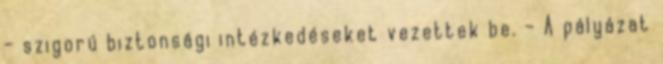
– szigorú biztonsági intézkedéseket vezettek be. – A pályázat